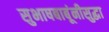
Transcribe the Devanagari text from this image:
सुभाषबाबूंनीसुद्धा